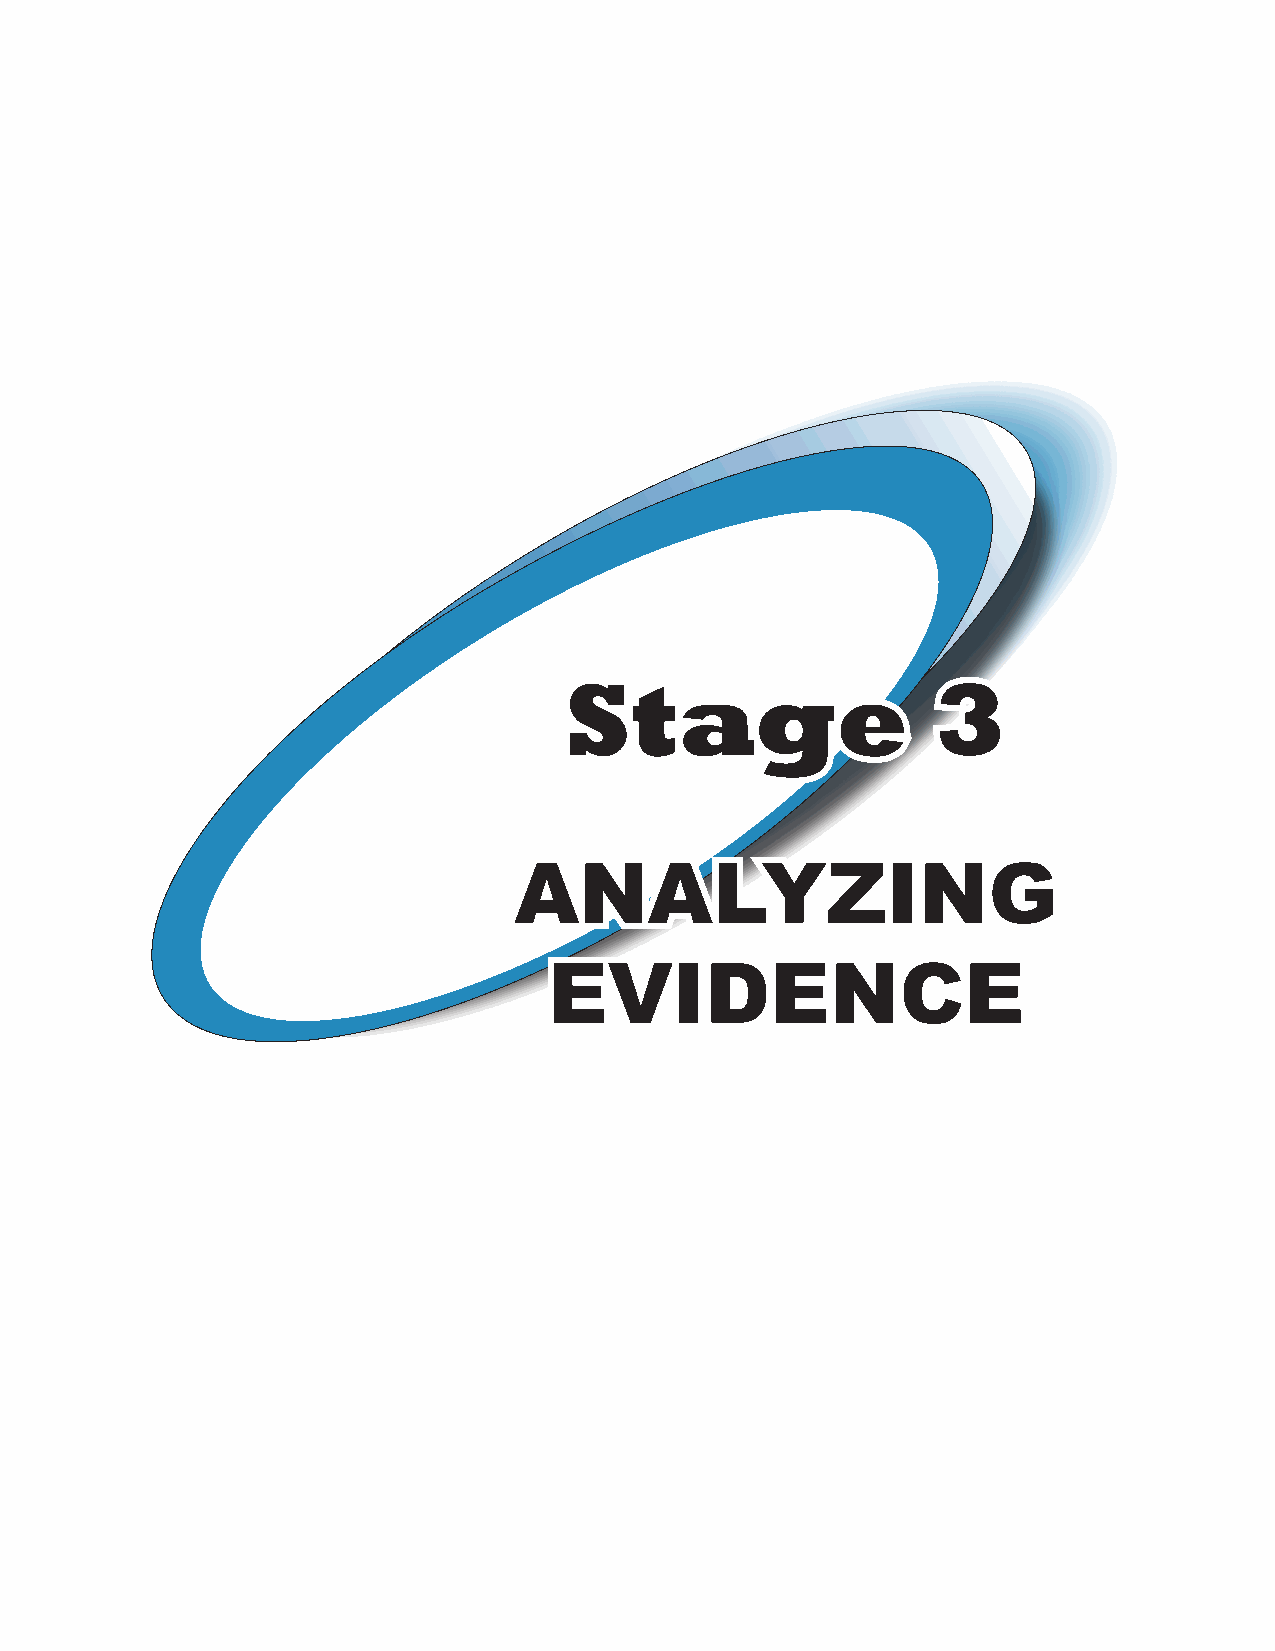
Stage                    3
 ANALYZING
 EVIDENCE